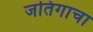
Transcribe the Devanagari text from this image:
जतिगाचा